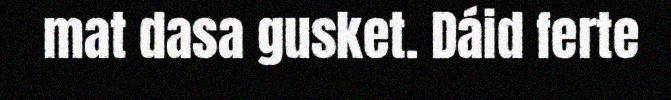
mat dasa gusket. Dáid ferte